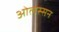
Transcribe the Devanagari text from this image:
ओलस्सन